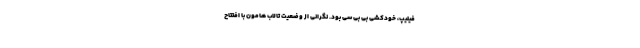
فیلیپ، خودکشی بی بی سی بود. نگرانی از وضعیت تالاب هامون با افتتاح